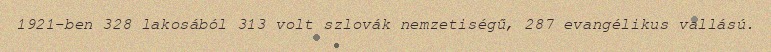
1921-ben 328 lakosából 313 volt szlovák nemzetiségű, 287 evangélikus vallású.